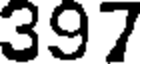
397